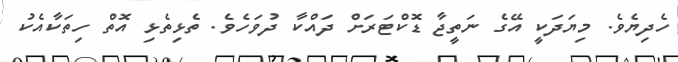
ހެދިޔެވެ. މިޔަދަކީ އޭގެ ނަތީޖާ ޑޮކްޓަރަށް ދައްކާ ދުވަހެވެ. ތެޅިތެޅި އޮތް ހިތަކާއެކު